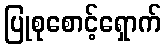
ပြုစုစောင့်ရှောက်